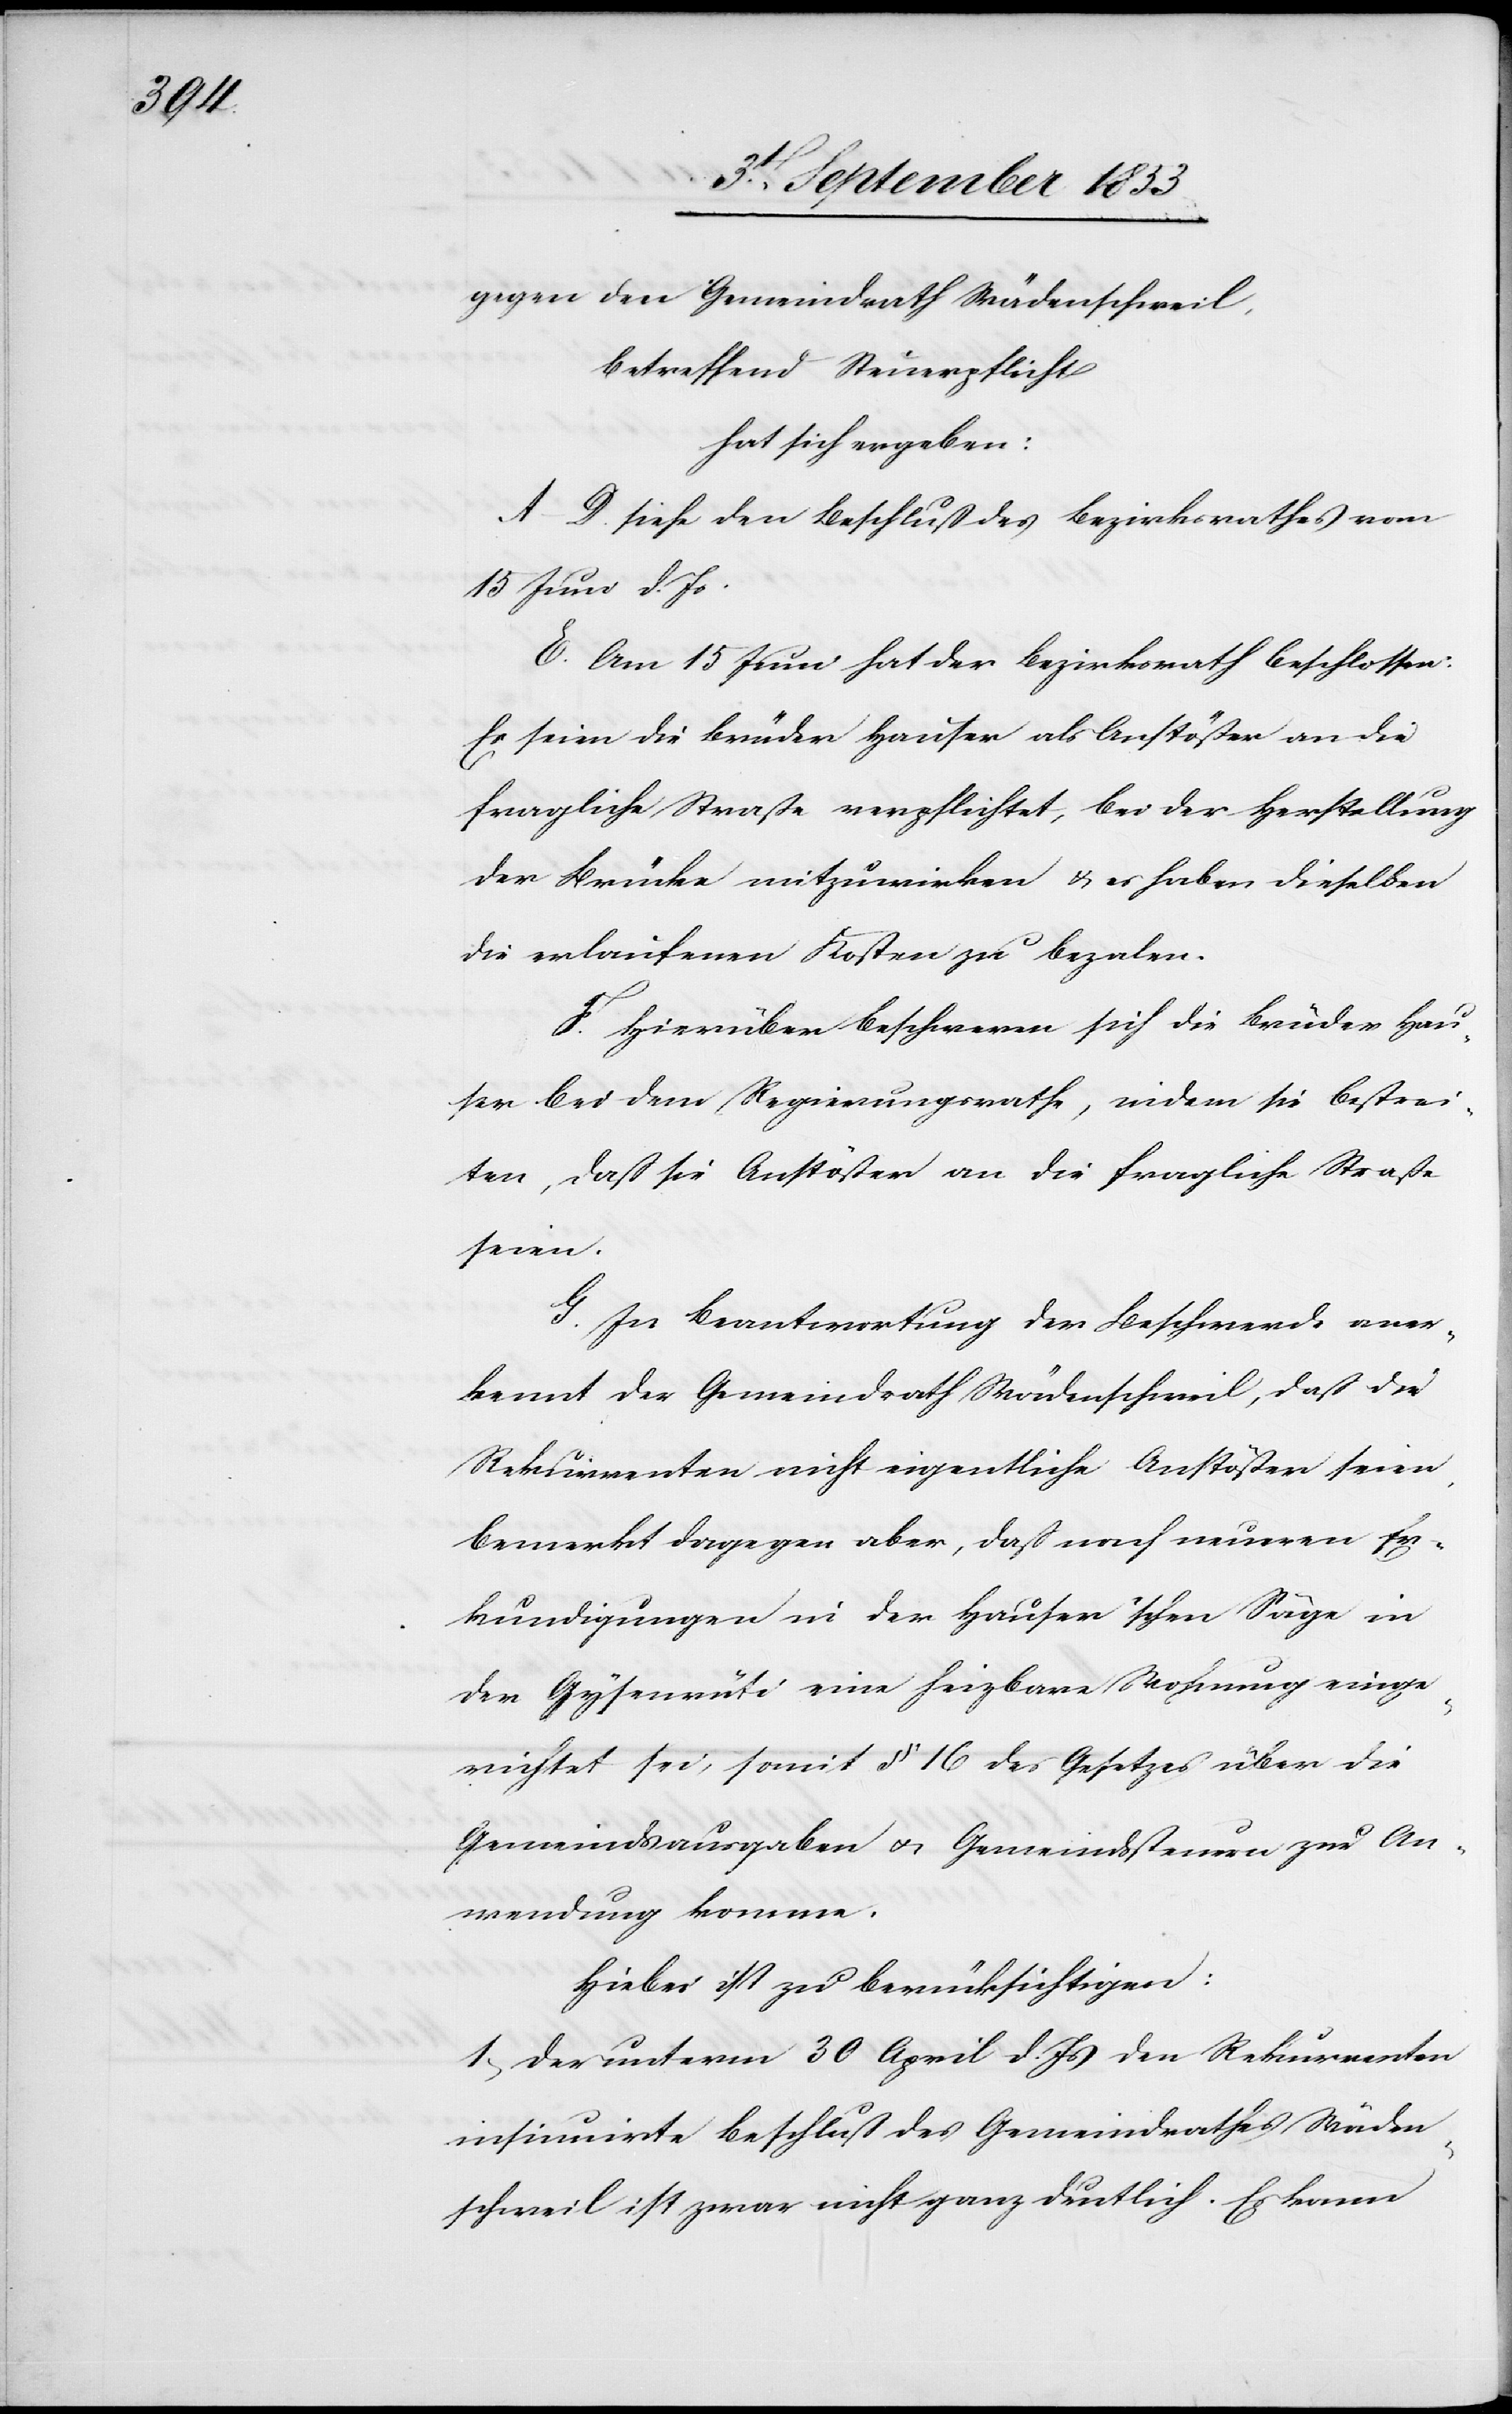
gegen den Gemeindrath Wädenschweil,
betreffend Steuerpflicht
hat sich ergeben:
A–D siehe den Beschluß des Bezirksrathes vom
15 Juni d. Js.
E. Am 15 Juni hat der Bezirksrath beschlossen:
Es seien die Brüder Hauser als Anstößer an die
fragliche Straße verpflichtet, bei der Herstellung
der Brücke mitzuwirken u. es haben dieselben
die erlaufenen Kosten zu bezalen.
F. Hierüber beschweren sich die Brüder Hau¬
ser bei dem Regierungsrathe, indem sie bestrei¬
ten, daß sie Anstößer an die fragliche Straße
seien.
G. In Beantwortung der Beschwerde aner¬
kennt der Gemeindrath Wädenschweil, daß die
Rekurrenten nicht eigentliche Anstößer seien,
bemerkt dagegen aber, daß nach neueren Er¬
kundigungen in der Hauser’schen Säge in
der Gysenrüti eine heizbare Wohnung einge¬
richtet sei, somit § 16 des Gesetzes über die
Gemeindsausgaben u. Gemeindssteuern zur An¬
wendung komme.
Hiebei ist zu berücksichtigen:
1, Der unterm 30 April d. Js. den Rekurrenten
insinuirte Beschluß des Gemeindrathes Wäden¬
schweil ist zwar nicht ganz deutlich. Es kann